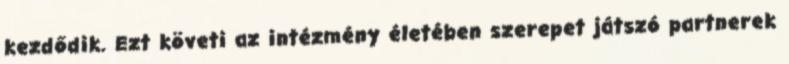
kezdődik. Ezt követi az intézmény életében szerepet játszó partnerek